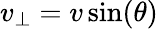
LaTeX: v_{\perp}=v\sin(\theta)